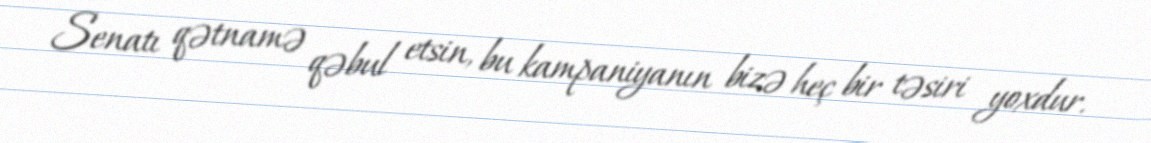
Senatı qətnamə qəbul etsin, bu kampaniyanın bizə heç bir təsiri yoxdur.